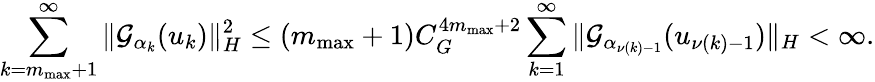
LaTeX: \sum_{k={m_{\mathrm{max}}}+1}^{\infty}\| {\mathcal{G}}_{\alpha_{k}}(u_{k})\| _{H}^{2}\leq({m_{\mathrm{max}}}+1)C_{G}^{4{m_{\mathrm{max}}}+2}\sum_{k=1}^{\infty}\| {\mathcal{G}}_{{\alpha}_{\nu\left(k\right)-1}}(u_{\nu\left(k\right)-1})\| _{H}<\infty.